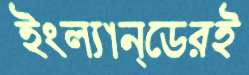
ইংল্যান্ডেরই